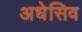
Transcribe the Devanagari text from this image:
अधेसिव